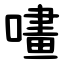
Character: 㗲